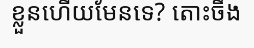
ខ្លួនហើយមែនទេ? តោះចឹង